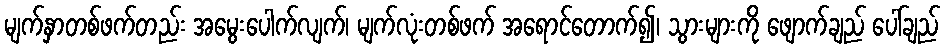
မျက်နှာတစ်ဖက်တည်း အမွေးပေါက်လျက်၊ မျက်လုံးတစ်ဖက် အရောင်တောက်၍၊ သွားများကို ဖျောက်ချည် ပေါ်ချည်